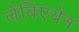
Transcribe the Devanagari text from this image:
लेविएथेन